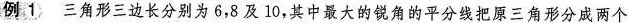
例1 三角形三边长分别为6，8及10，其中最大的锐角的平分线把原三角形分成两个